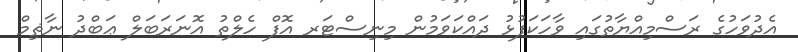
އެދުވަހުގެ ރަސްމިއްޔާތުގައި ވާހަކަފުޅު ދައްކަވަމުން މިނިސްޓަރ އޮފް ހެލްތު އޮނަރަބަލް ޢަބްދު ނާޡިމް